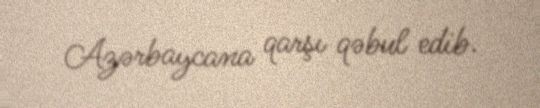
Azərbaycana qarşı qəbul edib.